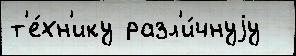
т'е́хн'ику разл'и́чнуjу